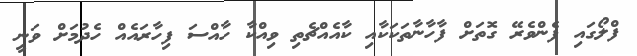
ފްލޯގައި ފެންވެރޭ ގޮތަށް ފާހާނާތަކަކާއި ކާއެއްޗެތި ވިއްކާ ހާއްސަ ފިހާރައެއް ހެދުމަށް ވަނީ